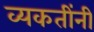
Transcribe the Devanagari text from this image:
व्यकतींनी